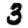
Digit: 3